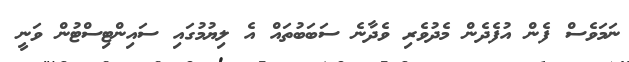
ނަމަވެސް ފެން އުފެދެން މެދުވެެރި ވެދާނެ ސަބަބުތައް އެ ލިޔުމުގައި ސައިންޓިސްޓުން ވަނީ